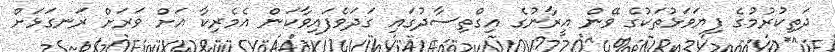
ދަތިކުރުމުގެ ފިޔަވަޅުތަކުގެ ވޭން އީރާނުގެ އިގްތިސާދުގައި ގަދަވެފައިވާކަން އެމެރިކާ އަށް ވަރަށް ރަނގަޅަށް